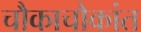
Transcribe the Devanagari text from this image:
चौकाचौकांत